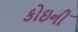
કોઇની